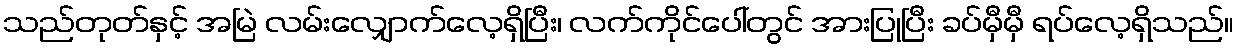
သည်တုတ်နှင့် အမြဲ လမ်းလျှောက်လေ့ရှိပြီး၊ လက်ကိုင်ပေါ်တွင် အားပြုပြီး ခပ်မှီမှီ ရပ်လေ့ရှိသည်။